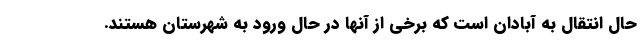
حال انتقال به آبادان است که برخی از آنها در حال ورود به شهرستان هستند.